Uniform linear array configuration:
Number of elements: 16
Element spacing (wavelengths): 0.25
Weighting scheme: binomial
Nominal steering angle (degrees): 45
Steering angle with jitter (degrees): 43.293
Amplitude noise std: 0.05
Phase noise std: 0.05

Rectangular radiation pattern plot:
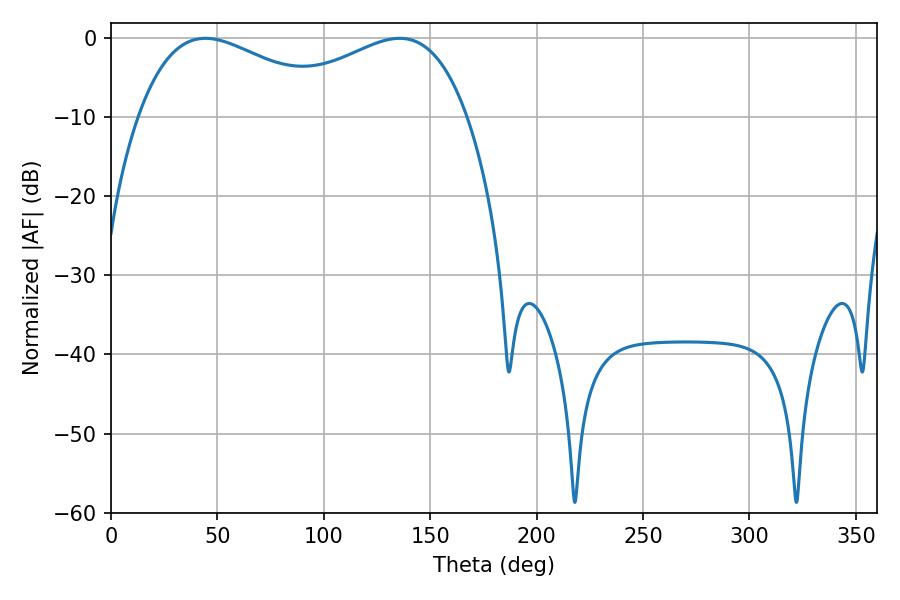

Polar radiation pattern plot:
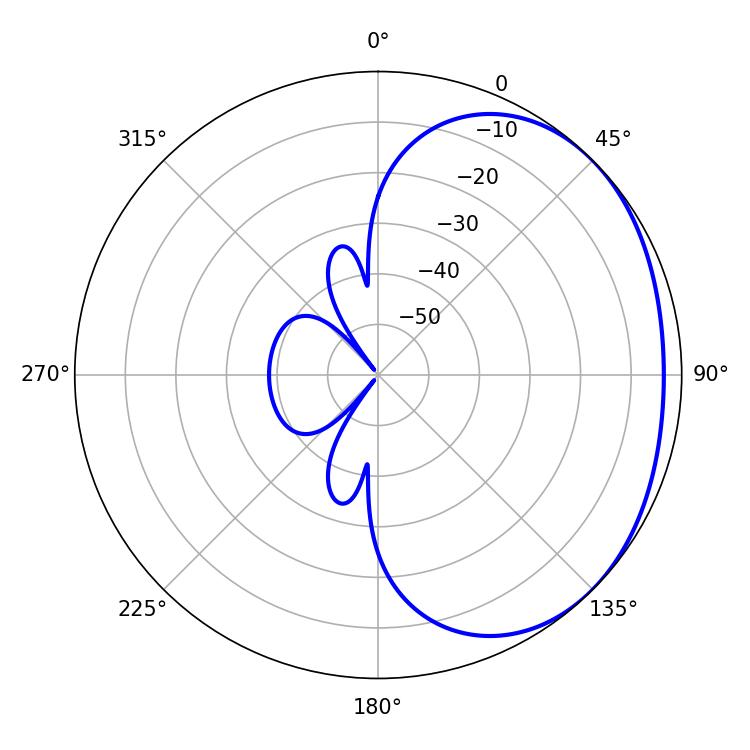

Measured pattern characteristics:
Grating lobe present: FALSE
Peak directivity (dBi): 1.855
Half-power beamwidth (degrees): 51.84
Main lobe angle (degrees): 44.28